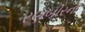
રણબીરના